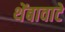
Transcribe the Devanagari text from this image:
थेंबावाटे